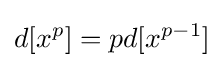
d[x^{p}]=pd[x^{p-1}]